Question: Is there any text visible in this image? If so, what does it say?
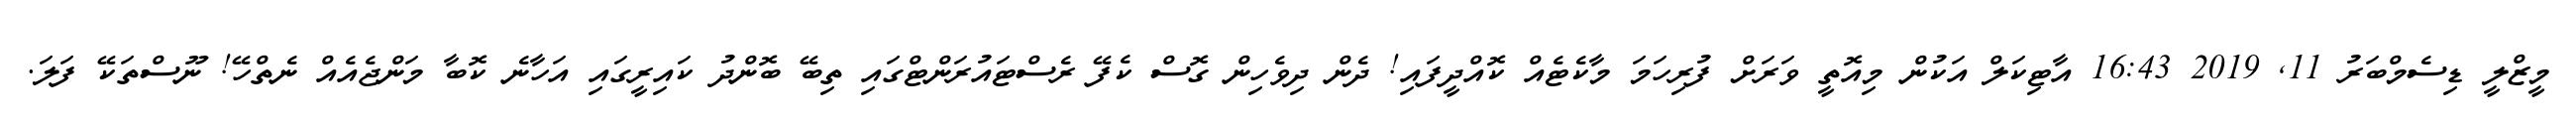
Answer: މީޒްލީ ޑިސެމްބަރު 11, 2019 16:43 އާޓިކަލް އަކުން މިއޮތީ ވަރަށް ފުރިހަމަ މާކެޓެއް ކޮއްދީފައި! ދެން ދިވެހިން ގޮސް ކެފޭ ރެސްޓައުރަންޓްގައި ތިބޭ ބޮންދު ކައިރީގައި އަހާނެ ކޮބާ މަންޖެއެއް ނެތްހޭ! ނޫސްތަކޭ ފަލަ.